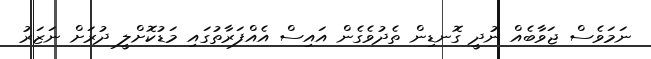
ނަމަވެސް ޖަވާބެއް ނުދީ ގޮނޑިން ތެދުވެގެން އައިސް އެއްފަރާތުގައި މަޑުކޮށްލީ ދުރަށް ނަޒަރު